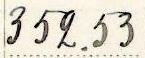
352.53